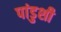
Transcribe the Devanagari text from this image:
पांडुशी